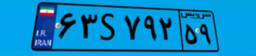
۰۱S۲۴۱۴۷